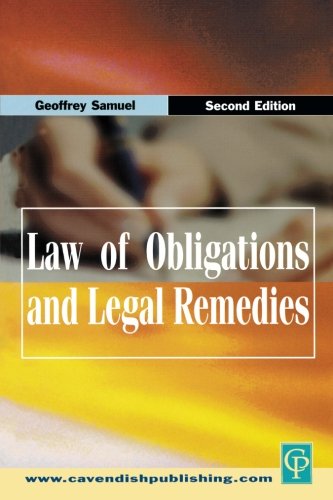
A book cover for Law Of Obligations And Legal Remedies; Geoffrey Samuel; Law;